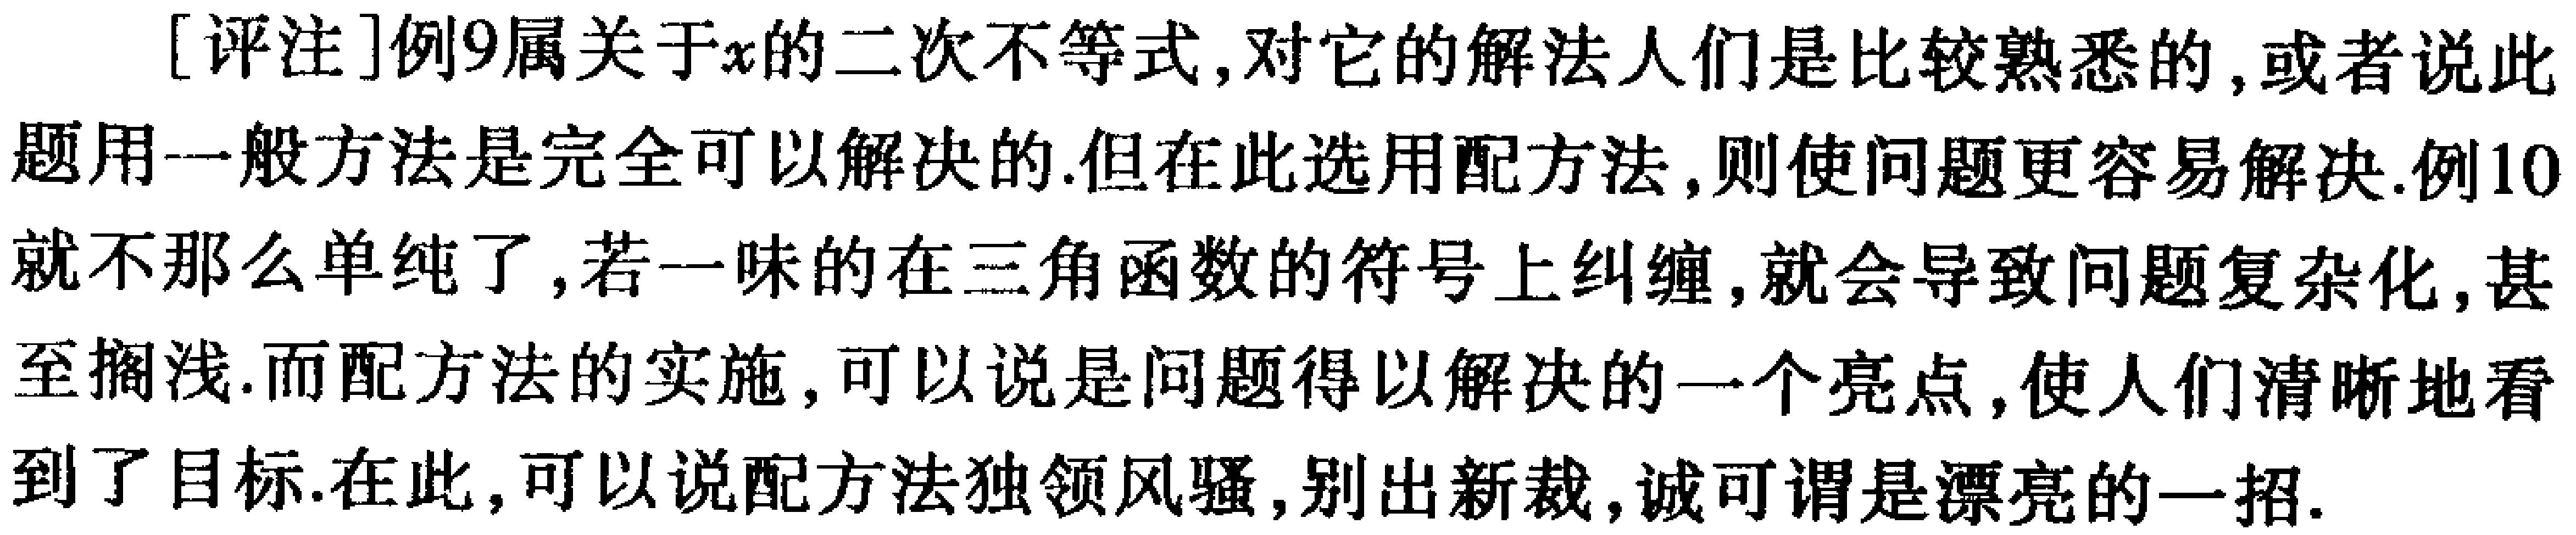
[评注]例9属关于\(x\)的二次不等式,对它的解法人们是比较熟悉的,或者说此题用一般方法是完全可以解决的.但在此选用配方法,则使问题更容易解决.例10就不那么单纯了,若一味的在三角函数的符号上纠缠,就会导致问题复杂化,甚至搁浅.而配方法的实施,可以说是问题得以解决的一个亮点,使人们清晰地看到了目标.在此,可以说配方法独领风骚,别出新裁,诚可谓是漂亮的一招.